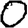
Digit: 0